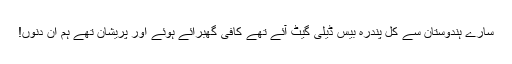
سارے ہندوستان سے کل پندرہ بیس ڈیلی گیٹ آئے تھے کافی گھبرائے ہوئے اور پریشان تھے ہم ان دنوں!